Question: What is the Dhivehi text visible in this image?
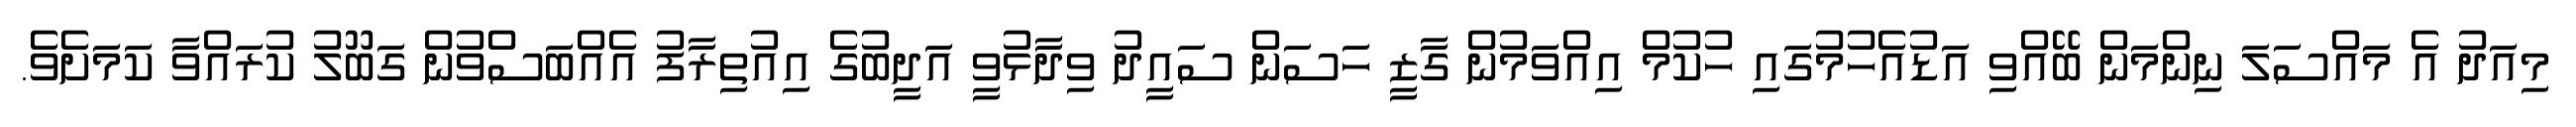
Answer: މިއަދު އެ މައްސަލަ ނިންމަން ބޭއްވި އަޑުއެހުމުގައި ހުކުމް އިއްވަމުން ގާޒީ ހަސަން ސައީދު ވިދާޅުވީ އަދީބުގެ އިއުތިރާފު އެއްބަސްވުން ގަބޫލު ކުރައްވާ ކަމަށެވެ.